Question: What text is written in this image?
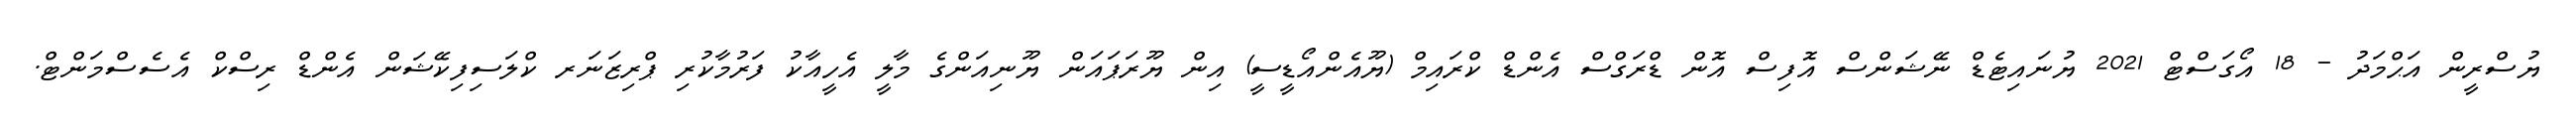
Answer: ޔުސްރީން އަޙްމަދު - 18 އޯގަސްޓް 2021 ޔުނައިޓެޑް ނޭޝަންސް އޮފިސް އޮން ޑްރަގްސް އެންޑް ކްރައިމް (ޔޫއެންއޯޑީސީ) އިން ޔޫރަޕައަން ޔޫނިއަންގެ މާލީ އެހީއާކު ފަރުމާކުރި ޕްރިޒަނަރ ކްލަސިފިކޭޝަން އެންޑް ރިސްކް އެސެސްމަންޓް.